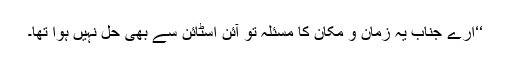
‘‘ارے جناب یہ زمان و مکان کا مسئلہ تو آئن اسٹائن سے بھی حل نہیں ہوا تھا۔